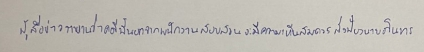
ผู้สื่อข่าวรายงานว่าคดีนี้นอกจากพนักงานสอบสวนจะมีความเห็นสมควรสั่งฟ้องนายนภินทร